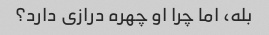
بله، اما چرا او چهره درازی دارد؟